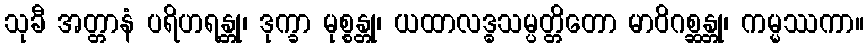
သုခီ အတ္တာနံ ပရိဟရန္တု၊ ဒုက္ခာ မုစ္စန္တု၊ ယထာလဒ္ဓသမ္ပတ္တိတော မာဝိဂစ္ဆန္တု၊ ကမ္မဿကာ။